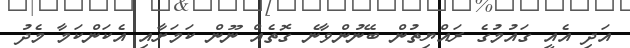
އަދި އެއީ ގައުމުގެ ރައްޔިތުން ބޭނުންވާނެ ގޮތެއް ނޫން ކަމަށާއި އެކަންކަމާ މެދު